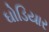
ઘોડિયાર